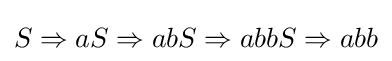
S\Rightarrow aS\Rightarrow abS\Rightarrow abbS\Rightarrow abb